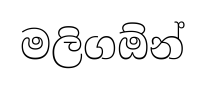
මලිගඕන්